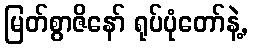
မြတ်စွာဇိနော် ရုပ်ပုံတော်နဲ့,